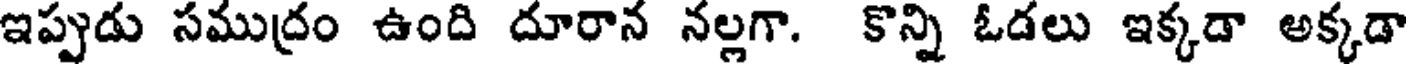
ఇప్పుడు సముద్రం ఉంది దూరాన నల్లగా. కొన్ని ఓడలు ఇక్కడా అక్కడా